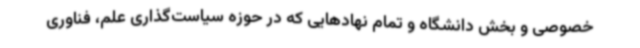
خصوصی و بخش دانشگاه و تمام نهادهایی که در حوزه سیاست‌گذاری علم، فناوری